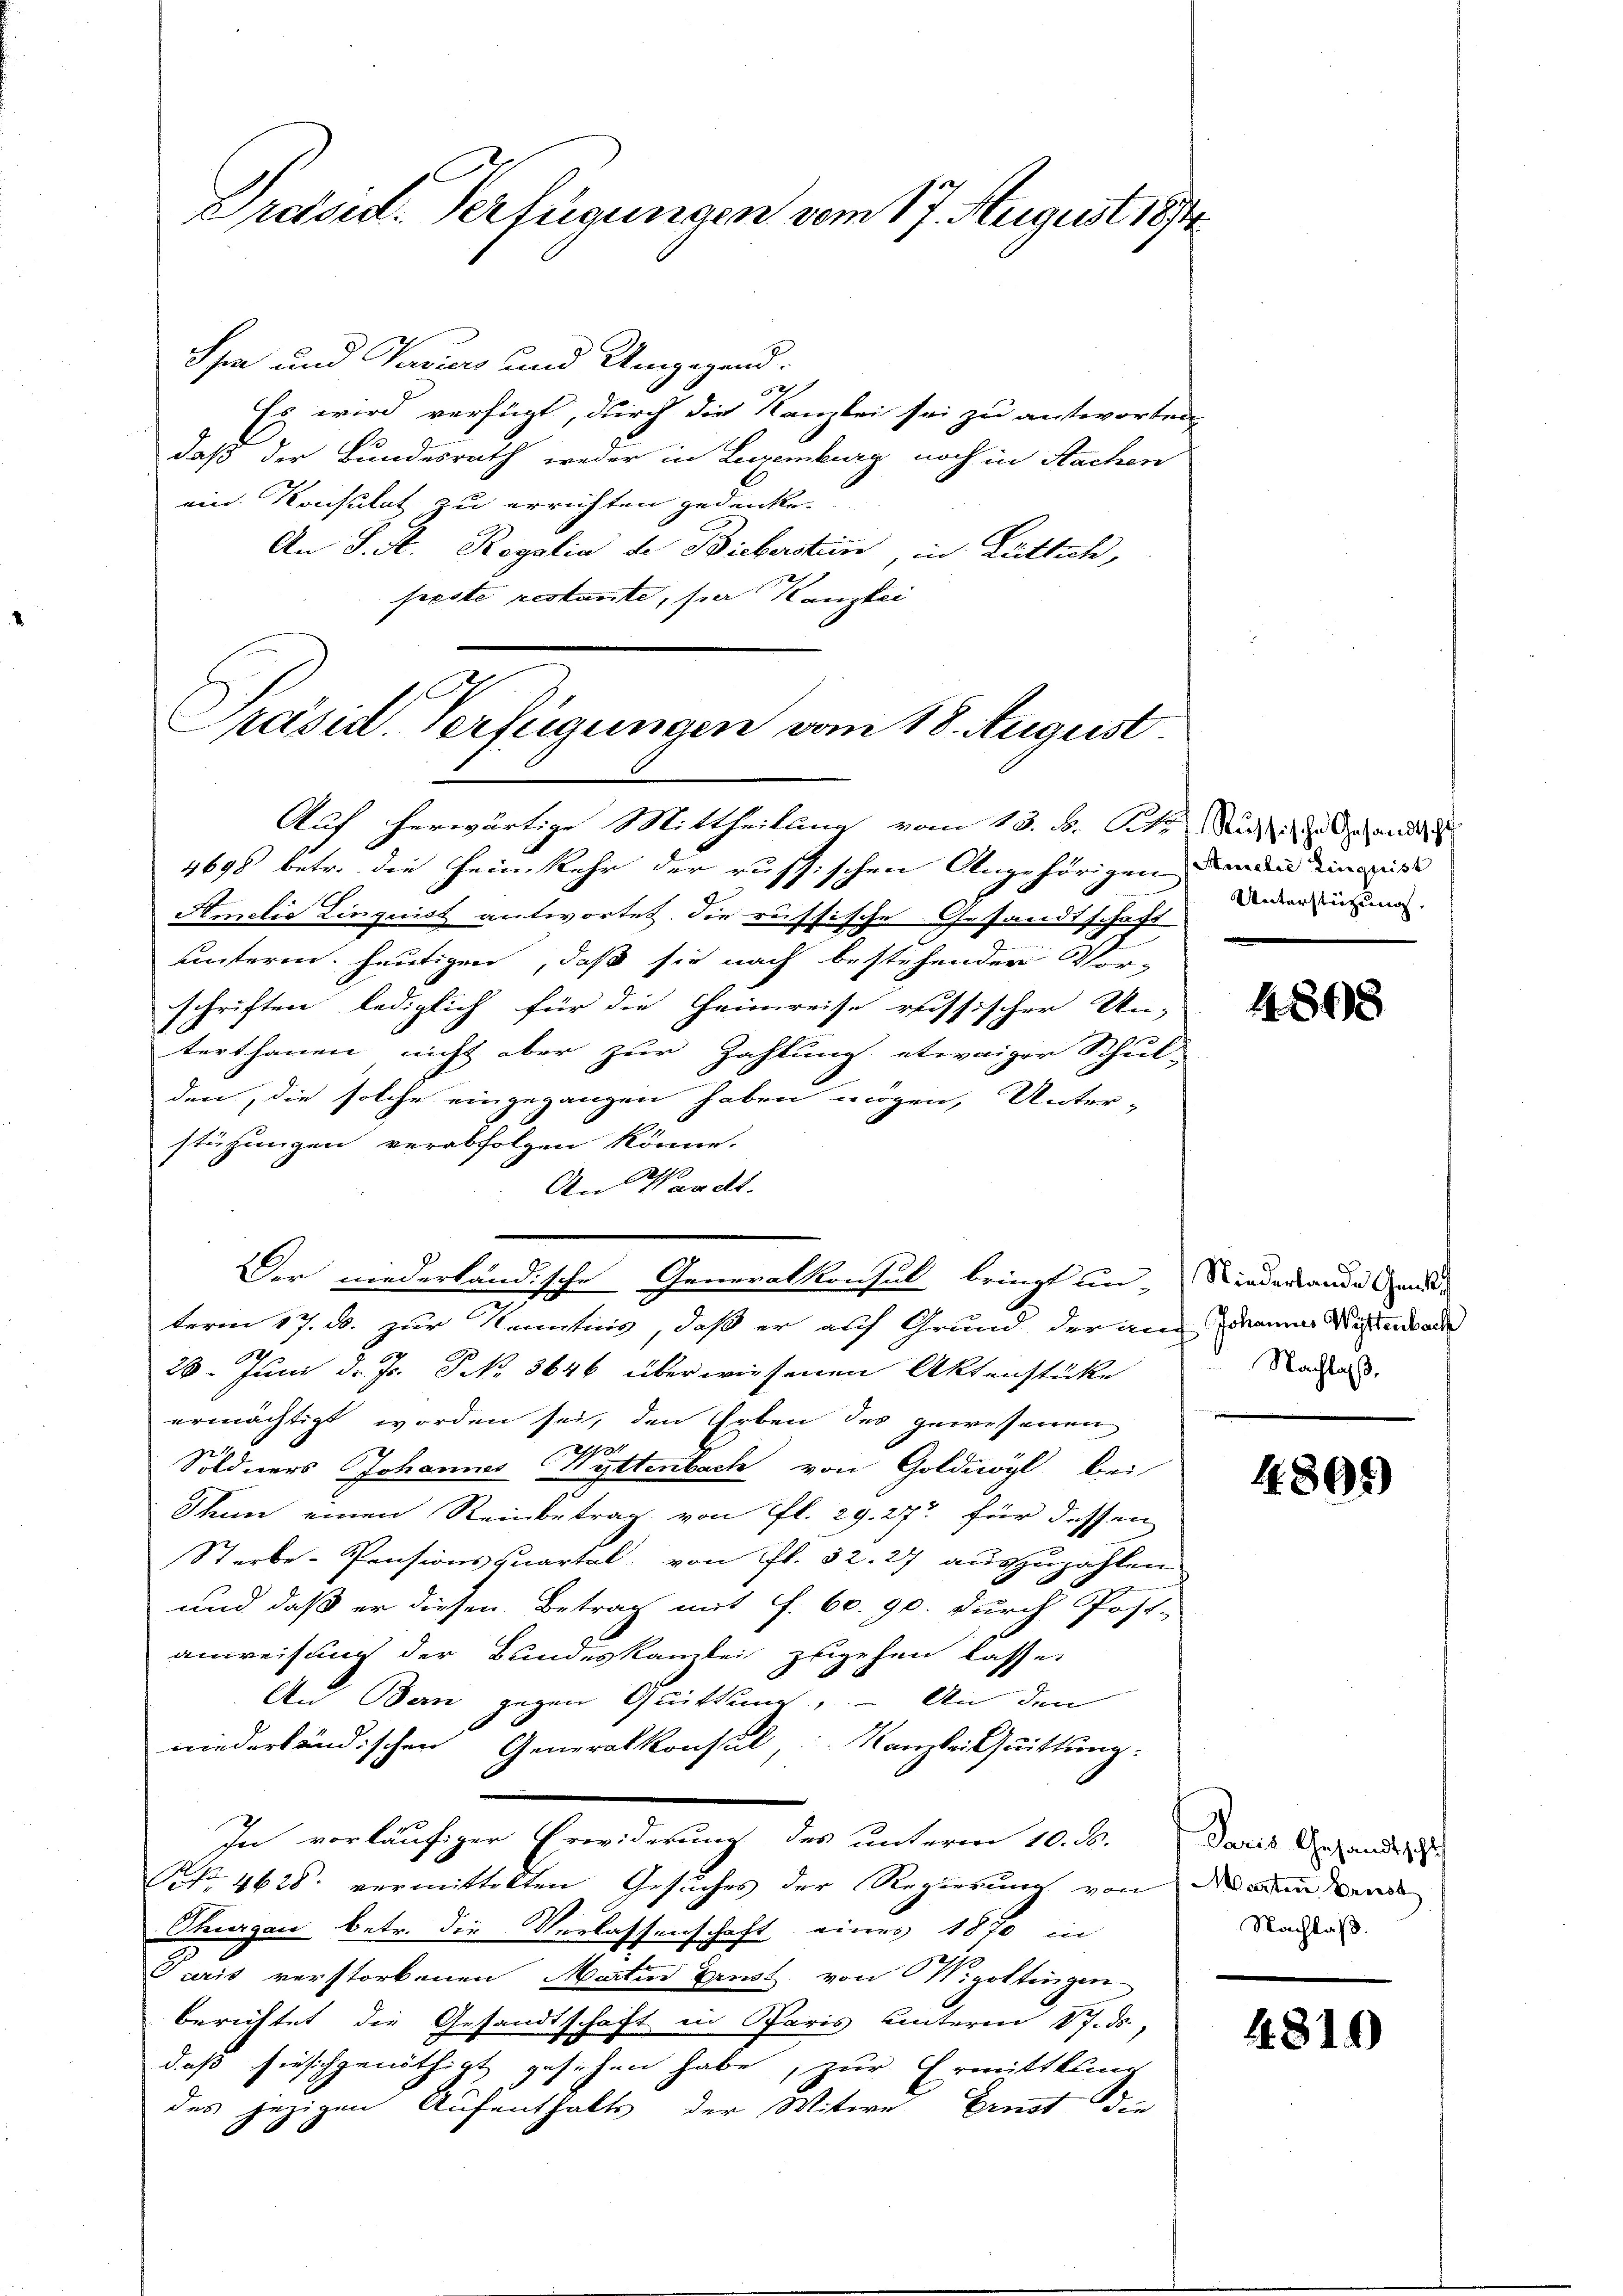
Pressel. Verfügungen vom 17. August 1874

Spa und Navurs und Umgegend.
52
Es wird verfügt, durch die Kanzlei sei zu antworten
daß der Bundesrath weder in Legenburg noch in Sachen
ein. Konsulat zu errichten gedenke.
An J. A. Regalia de Bieberstein, in Rüttich,
freste restante, hier Kanzlei
Auf herwärtige Mittheilung vom 13. d. St. Nicht zu Gesandts
4698 betr. die Heimkehr der russischen Angehörigen denn einges
Amilie Lingnist antwortet. Die russische Gesandtschaft
2
unterm heutigen, daß sie nach bestehender Vor-
schriften lediglich für die Heimreise russischer Un-
terthanen nicht aber zur Zahlung etwaiger Schul-
den, die solche eingegangen haben mögen, Unter-
stüzungen verabfolgen könne.
An Waadt.
Der niederländische Generalkonsul bringt un-Niederlande Grunde
term 17. d. zur Kenntnis, daß er auf Grund der auf dann Nichtenbache
28. Juni d. Js. No 3646 überwiesenen Aktenstücke
ermächtigt worden sei, den Erben des gewesenen
270
Söldners Johannes Wyttenbach von Goldmögl bei
Then einen Reinbetrag von fl. 29. 27 für dessen
Sterbe-Pensionsquartal, von fl. 32. 27 auszuzahlen.
und daß er diesen Betrag mit f. 60. 90. durch Post-
anweisung der Bundeskanzlei zugehen lasse.
An Bern gegen Quittung. An den
niederländischen Generalkonsul, Kanzlei Quittung:
In vorläufiger Erwiderung des unterm 10. d. Daris Gesandt
NNo. 4628. vermittelten Gesuches der Regierung von den an
Thurgau betr. die Verlassenschaft eines 1870 in
Paris verstorbenen Martin Brust von Wigottingen
berichtet die Gesandtschaft in Paris unterm 17. ds.,
daß hiesichgenöthigt gesehen habe, zur Ermittlung
des jezigen Aufenthalts der Witwe Ernst die

Präsid. Verfügungen vom 18. August.

Unterstüzung.

4808

Nachlaß.

4805)

Nachlaß.

4819)